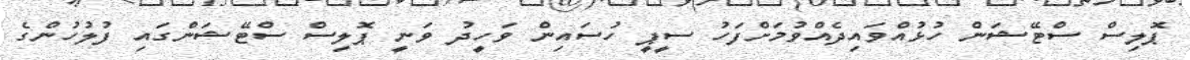
ޕޮލިސް ސްޓޭޝަން ހުޅުއްވައިދެއްވުމަށްފަހު ސީޕީ ހުސައިން ވަހީދު ވަނީ ޕޮލިސް ސްޓޭޝަންގައި ފުލުހުންގެ